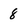
Character: 8